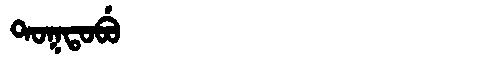
Manchu: ᡨᠣᡴᡨᠣᠪᡠ
Romanization: TOKTOBU